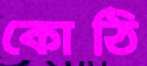
কোঠি